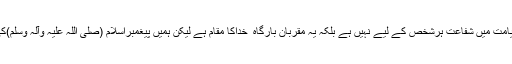
یہ بھی واضح ہے کہ قیامت میں شفاعت ہرشخص کے لیے نہیں ہے بلکہ یہ مقربان بارگاہ ِ خداکا مقام ہے لیکن ہمیں پیغمبراسلام (صلی اللہ علیہ وآلہ وسلم)کی ایک حدیظ ملتی ہے ۔